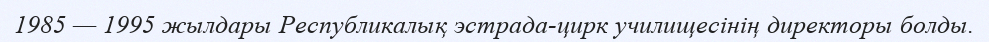
1985 — 1995 жылдары Республикалық эстрада-цирк училищесінің директоры болды.